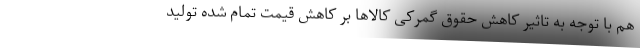
هم با توجه به تاثیر کاهش حقوق گمرکی کالاها بر کاهش قیمت تمام شده تولید